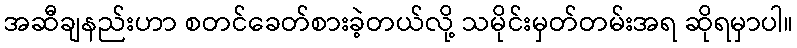
အဆီချနည်းဟာ စတင်ခေတ်စားခဲ့တယ်လို့ သမိုင်းမှတ်တမ်းအရ ဆိုရမှာပါ။